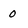
Character: 0